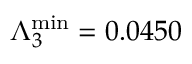
\Lambda _ { 3 } ^ { \mathrm { m i n } } = 0 . 0 4 5 0